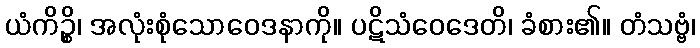
ယံကိဉ္စိ၊ အလုံးစုံသောဝေဒနာကို။ ပဋိသံဝေဒေတိ၊ ခံစား၏။ တံသဗ္ဗံ၊